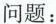
问题：